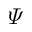
\varPsi